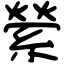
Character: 縈